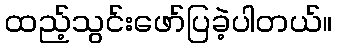
ထည့်သွင်းဖော်ပြခဲ့ပါတယ်။